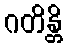
ဂတိန္တိ